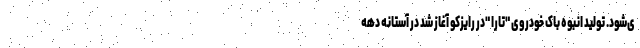
ی‌شود. تولید انبوه باک خودروی "تارا "در رایزکو آغاز شد در آستانه دهه